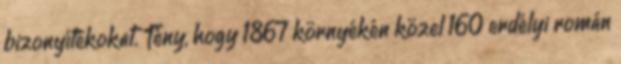
bizonyítékokat. Tény, hogy 1867 környékén közel 160 erdélyi román